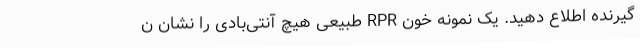
گیرنده اطلاع دهید. یک نمونه خون RPR طبیعی هیچ آنتی‌بادی را نشان ن